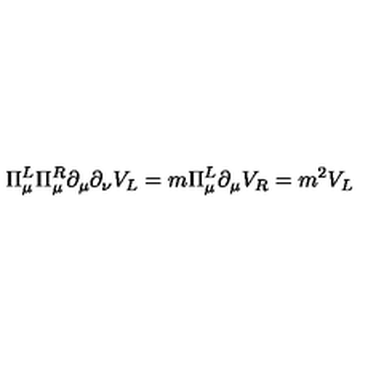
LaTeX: \Pi _ { \mu } ^ { L } \Pi _ { \mu } ^ { R } \partial _ { \mu } \partial _ { \nu } V _ { L } = m \Pi _ { \mu } ^ { L } \partial _ { \mu } V _ { R } = m ^ { 2 } V _ { L }